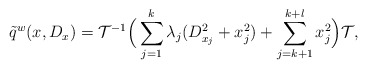
\begin{align*}\tilde{q}^w(x,D_x)=\mathcal{T}^{-1} \Big(\sum_{j=1}^{k}{\lambda_j(D_{x_j}^2+x_j^2)}+\sum_{j=k+1}^{k+l}{x_j^2} \Big)\mathcal{T},\end{align*}